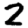
Digit: 2